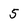
Character: 5